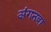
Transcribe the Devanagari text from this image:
अंगनवा